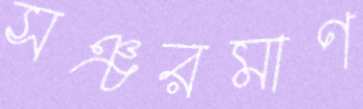
সঞ্চরমাণ